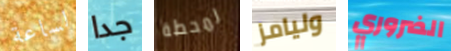
لساعة جدا لمحطة وليامز الضروري